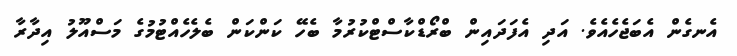
އެނގެން އެބަޖެހެއެވެ. އަދި އެފަދައިން ބްރޯޑްކާސްޓްކުރުމާ ބެހޭ ކަންކަން ބެލެހެއްޓުމުގެ މަސްއޫލު އިދާރާ